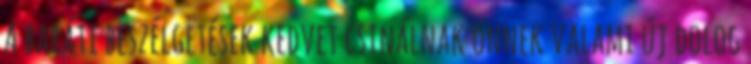
A baráti beszélgetések kedvet csinálnak önnek valami új dolog